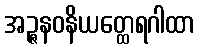
အဉ္ဇနဝနိယတ္ထေရဂါထာ